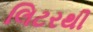
લિટરથી